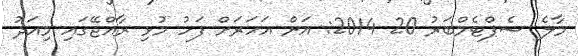
މާލެ ސެޕްޓެމްބަރު 20 2014: އަށް އަހަރަށް ފަހު މުޅި ރާއްޖޭގައި މިއަދު